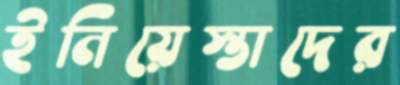
ইনিয়েস্তাদের